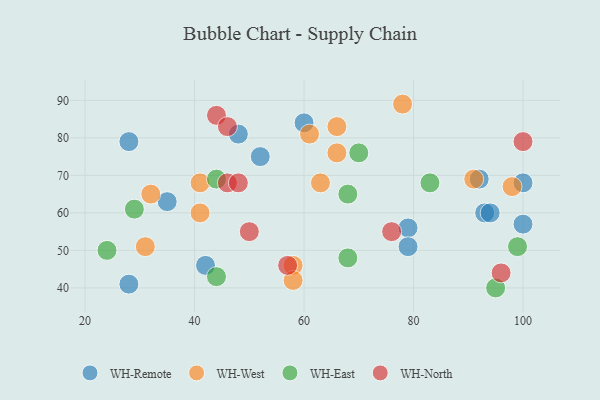
{"axis": {"x": "GDP", "y": "Life Expectancy"}, "legend": ["WH-East", "WH-North", "WH-Remote", "WH-West"], "data": [{"x": "79", "y": 56, "type": "WH-Remote"}, {"x": "92", "y": 69, "type": "WH-Remote"}, {"x": "48", "y": 81, "type": "WH-Remote"}, {"x": "42", "y": 46, "type": "WH-Remote"}, {"x": "100", "y": 68, "type": "WH-Remote"}, {"x": "28", "y": 41, "type": "WH-Remote"}, {"x": "93", "y": 60, "type": "WH-Remote"}, {"x": "60", "y": 84, "type": "WH-Remote"}, {"x": "28", "y": 79, "type": "WH-Remote"}, {"x": "52", "y": 75, "type": "WH-Remote"}, {"x": "35", "y": 63, "type": "WH-Remote"}, {"x": "100", "y": 57, "type": "WH-Remote"}, {"x": "79", "y": 51, "type": "WH-Remote"}, {"x": "94", "y": 60, "type": "WH-Remote"}, {"x": "61", "y": 81, "type": "WH-West"}, {"x": "91", "y": 69, "type": "WH-West"}, {"x": "98", "y": 67, "type": "WH-West"}, {"x": "58", "y": 46, "type": "WH-West"}, {"x": "78", "y": 89, "type": "WH-West"}, {"x": "66", "y": 76, "type": "WH-West"}, {"x": "58", "y": 42, "type": "WH-West"}, {"x": "63", "y": 68, "type": "WH-West"}, {"x": "66", "y": 83, "type": "WH-West"}, {"x": "41", "y": 60, "type": "WH-West"}, {"x": "41", "y": 68, "type": "WH-West"}, {"x": "31", "y": 51, "type": "WH-West"}, {"x": "32", "y": 65, "type": "WH-West"}, {"x": "68", "y": 48, "type": "WH-East"}, {"x": "44", "y": 69, "type": "WH-East"}, {"x": "83", "y": 68, "type": "WH-East"}, {"x": "29", "y": 61, "type": "WH-East"}, {"x": "44", "y": 43, "type": "WH-East"}, {"x": "24", "y": 50, "type": "WH-East"}, {"x": "68", "y": 65, "type": "WH-East"}, {"x": "70", "y": 76, "type": "WH-East"}, {"x": "95", "y": 40, "type": "WH-East"}, {"x": "99", "y": 51, "type": "WH-East"}, {"x": "44", "y": 86, "type": "WH-North"}, {"x": "76", "y": 55, "type": "WH-North"}, {"x": "46", "y": 68, "type": "WH-North"}, {"x": "50", "y": 55, "type": "WH-North"}, {"x": "48", "y": 68, "type": "WH-North"}, {"x": "100", "y": 79, "type": "WH-North"}, {"x": "57", "y": 46, "type": "WH-North"}, {"x": "96", "y": 44, "type": "WH-North"}, {"x": "46", "y": 83, "type": "WH-North"}]}